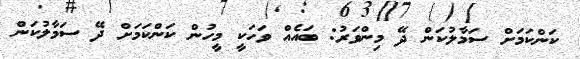
ކަންކަމަށް ސަމާލުކަން ދޭ މިންވަރު: ބައެއް ވަހަކީ މީހުން ކަންކަމަށް ދޭ ސަމާލުކަން